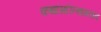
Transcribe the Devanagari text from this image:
कथासरित्सागरांत